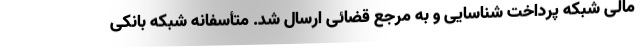
مالی شبکه پرداخت شناسایی و به مرجع قضائی ارسال شد. متأسفانه شبکه بانکی